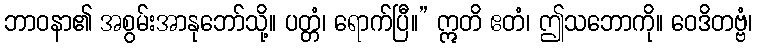
ဘာဝနာ၏ အစွမ်းအာနုဘော်သို့။ ပတ္တံ၊ ရောက်ပြီ။” ဣတိ ဧတံ၊ ဤသဘောကို။ ဝေဒိတဗ္ဗံ၊